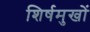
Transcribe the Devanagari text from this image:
शिर्षमुखों